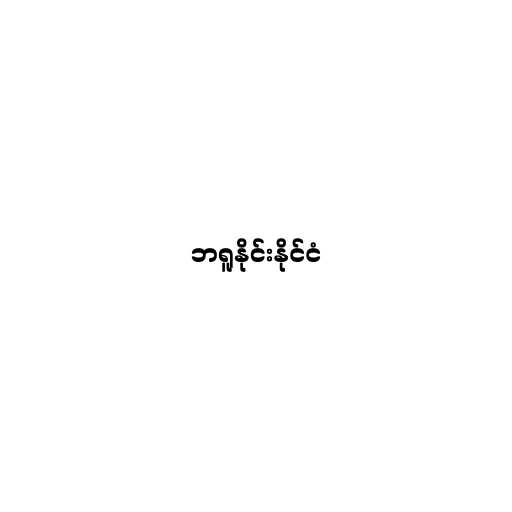
ဘရူနိုင်းနိုင်ငံ